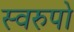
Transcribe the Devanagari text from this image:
स्वरुपो